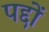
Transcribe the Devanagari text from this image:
पद्दों